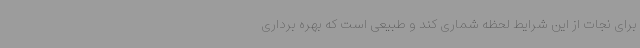
برای نجات از این شرایط لحظه شماری کند و طبیعی است که بهره برداری